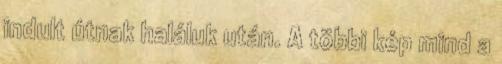
indult útnak haláluk után. A többi kép mind a